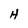
Character: H